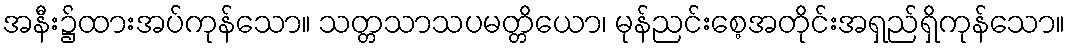
အနီး၌ထားအပ်ကုန်သော။ သတ္တသာသပမတ္တိယော၊ မုန်ညင်းစေ့အတိုင်းအရှည်ရှိကုန်သော။